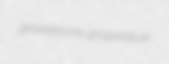
gravelstone propitiation